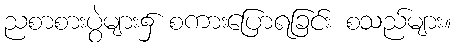
ညစာစားပွဲများ၌ စကားပြောရခြင်း စသည်များ။